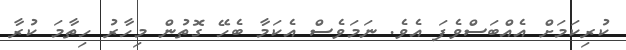
ކުރިކަމަށް އެއްބަސްވެފަ އެވެ. ނަމަވެސް އެކަމާ ބެހޭ ގޮތުން މިހާރު ހިތާމަ ކުރާ